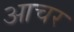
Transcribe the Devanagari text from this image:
आचर